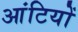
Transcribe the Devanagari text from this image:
आंटियों